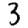
Digit: 3